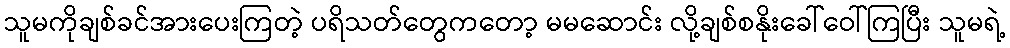
သူမကိုချစ်ခင်အားပေးကြတဲ့ ပရိသတ်တွေကတော့ မမဆောင်း လို့ချစ်စနိုးခေါ်ဝေါ်ကြပြီး သူမရဲ့